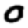
Digit: 0